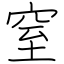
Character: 窒